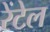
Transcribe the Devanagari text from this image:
रेंटेल